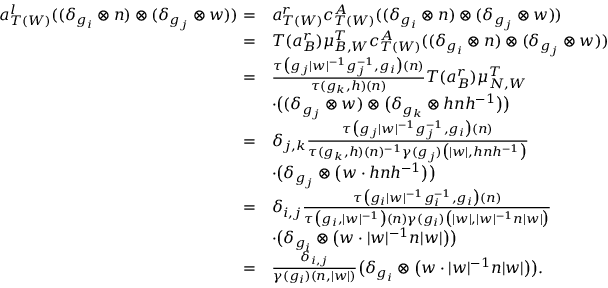
\begin{array} { r l } { a _ { T ( W ) } ^ { l } ( ( \delta _ { g _ { i } } \otimes n ) \otimes ( \delta _ { g _ { j } } \otimes w ) ) = } & { a _ { T ( W ) } ^ { r } c _ { T ( W ) } ^ { A } ( ( \delta _ { g _ { i } } \otimes n ) \otimes ( \delta _ { g _ { j } } \otimes w ) ) } \\ { = } & { T ( a _ { B } ^ { r } ) \mu _ { B , W } ^ { T } c _ { T ( W ) } ^ { A } ( ( \delta _ { g _ { i } } \otimes n ) \otimes ( \delta _ { g _ { j } } \otimes w ) ) } \\ { = } & { \frac { \tau \big ( g _ { j } | w | ^ { - 1 } g _ { j } ^ { - 1 } , g _ { i } \big ) ( n ) } { \tau ( g _ { k } , h ) ( n ) } T ( a _ { B } ^ { r } ) \mu _ { N , W } ^ { T } } \\ & { \cdot \big ( ( \delta _ { g _ { j } } \otimes w ) \otimes \big ( \delta _ { g _ { k } } \otimes h n h ^ { - 1 } \big ) \big ) } \\ { = } & { \delta _ { j , k } \frac { \tau \big ( g _ { j } | w | ^ { - 1 } g _ { j } ^ { - 1 } , g _ { i } \big ) ( n ) } { \tau ( g _ { k } , h ) ( n ) ^ { - 1 } \gamma ( g _ { j } ) \big ( | w | , h n h ^ { - 1 } \big ) } } \\ & { \cdot \big ( \delta _ { g _ { j } } \otimes \big ( w \cdot h n h ^ { - 1 } \big ) \big ) } \\ { = } & { \delta _ { i , j } \frac { \tau \big ( g _ { i } | w | ^ { - 1 } g _ { i } ^ { - 1 } , g _ { i } \big ) ( n ) } { \tau \big ( g _ { i } , | w | ^ { - 1 } \big ) ( n ) \gamma ( g _ { i } ) \big ( | w | , | w | ^ { - 1 } n | w | \big ) } } \\ & { \cdot \big ( \delta _ { g _ { i } } \otimes \big ( w \cdot | w | ^ { - 1 } n | w | \big ) \big ) } \\ { = } & { \frac { \delta _ { i , j } } { \gamma ( g _ { i } ) ( n , | w | ) } \big ( \delta _ { g _ { i } } \otimes \big ( w \cdot | w | ^ { - 1 } n | w | \big ) \big ) . } \end{array}